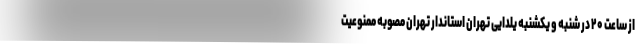
از ساعت ۲۰ در شنبه و یکشنبه یلدایی تهران استاندار تهران مصوبه ممنوعیت